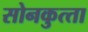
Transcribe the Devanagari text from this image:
सोनकुत्‍ता